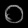
Digit: ၀